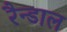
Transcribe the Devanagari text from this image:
रैन्डाल